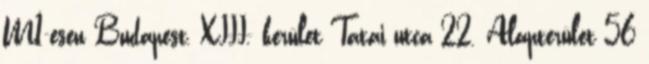
M1-esen Budapest, XIII. kerület Tatai utca 22. Alapterület 56